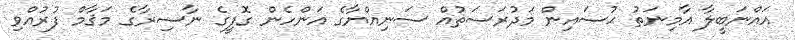
އައްނަބީލާ އާމިނަތު ޙުސައިން މަދުރަސަތުއް ސަނިއްޔާގެ އަންހެން ގޮފީގެ ނާޟިރާގެ މަޤާމް ފުރުއްވި